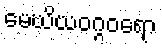
မေဃိယဝဂ္ဂဝရော